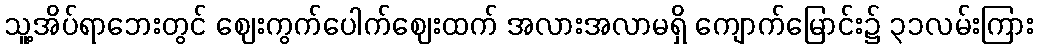
သူ့အိပ်ရာဘေးတွင် ဈေးကွက်ပေါက်ဈေးထက် အလားအလာမရှိ ကျောက်မြောင်း၌ ၃၁လမ်းကြား